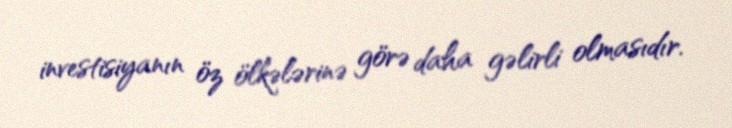
investisiyanın öz ölkələrinə görə daha gəlirli olmasıdır.